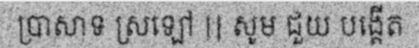
ប្រាសាទ ស្រឡៅ || សូម ជួយ បង្តើត